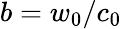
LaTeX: b=w_{0}/c_{0}